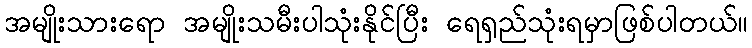
အမျိုးသားရော အမျိုးသမီးပါသုံးနိုင်ပြီး ရေရှည်သုံးရမှာဖြစ်ပါတယ်။